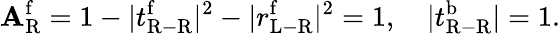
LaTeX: \mathbf{A}_{\mathrm{{R}}}^{\mathrm{{f}}}=1-|t_{\mathrm{{R-R}}}^{\mathrm{{f}}}|^{2}-|r_{\mathrm{{L-R}}}^{\mathrm{{f}}}|^{2}=1,\quad|t_{\mathrm{{R-R}}}^{\mathrm{{b}}}|=1.